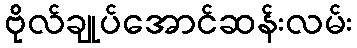
ဗိုလ်ချုပ်အောင်ဆန်းလမ်း